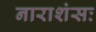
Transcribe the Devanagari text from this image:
नाराशंसः